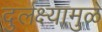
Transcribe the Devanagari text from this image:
दुर्लक्ष्यामुळे